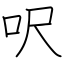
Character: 呎